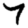
Digit: 7